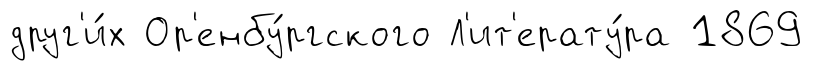
друг'и́х Ор'енбу́ргского Л'ит'ерату́ра 1869